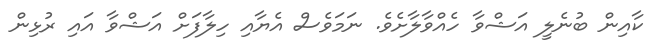
ކާއިން ބުނެލީ އަޝްވާ ހެއްވާލާށެވެ. ނަމަވެސް އެޔާއި ހިލާފަށް އަޝްވާ އައި ރުޅިން